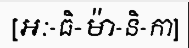
[អៈ-ធិ-ម៉ា-និ-កា]